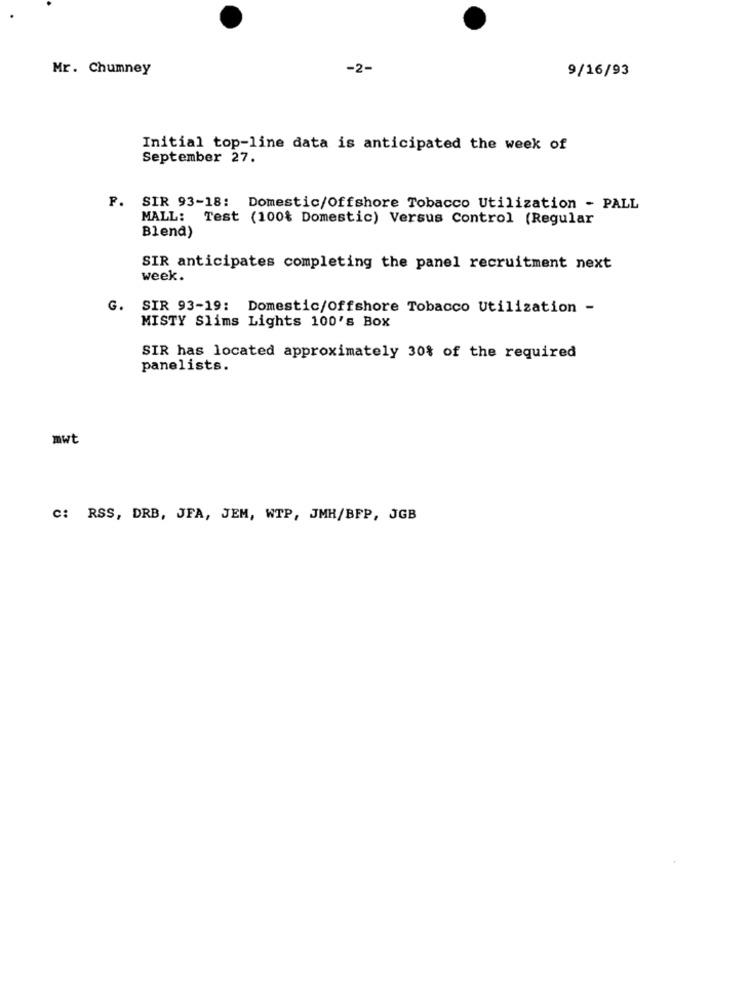
Mr. Chumney
-2-
9/16/93
Initial top-line data is anticipated the week of
September 27.
F. SIR 93-18: Domestic/Offshore Tobacco Utilization - PALL
MALL: Test (100% Domestic) Versus Control (Regular
Blend)
SIR anticipates completing the panel recruitment next
week.
G. SIR 93-19: Domestic/Offshore Tobacco Utilization -
MISTY Slims Lights 100's Box
SIR has located approximately 30% of the required
panelists.
mwt
c: RSS, DRB, JFA, JEM, WTP, JMH/BFP, JGB